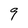
Character: 9